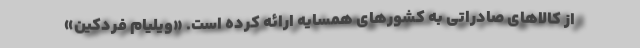
از کالاهای صادراتی به کشورهای همسایه ارائه کرده است. «ویلیام فردکین»